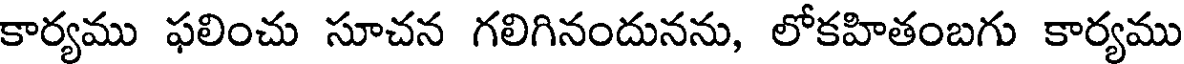
కార్యము ఫలించు సూచన గలిగినందునను, లోకహితంబగు కార్యము